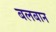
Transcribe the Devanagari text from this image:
बलबान